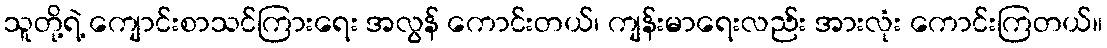
သူတို့ရဲ့ ကျောင်းစာသင်ကြားရေး အလွန် ကောင်းတယ်၊ ကျန်းမာရေးလည်း အားလုံး ကောင်းကြတယ်။